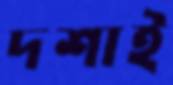
দশাই